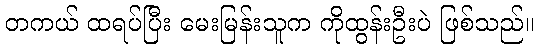
တကယ် ထရပ်ပြီး မေးမြန်းသူက ကိုထွန်းဦးပဲ ဖြစ်သည်။